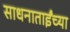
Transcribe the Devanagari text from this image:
साधनाताईंच्या